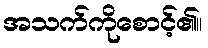
အသက်ကိုစောင့်၏။